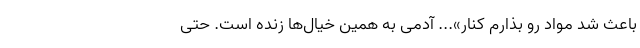
باعث شد مواد رو بذارم کنار»... آدمی به همین خیال‌ها زنده است. حتی